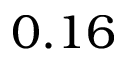
0 . 1 6